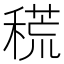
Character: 𥡃